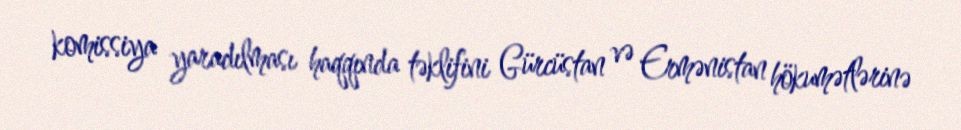
komissiya yaradılması haqqında təklifini Gürcüstan və Ermənistan hökumətlərinə